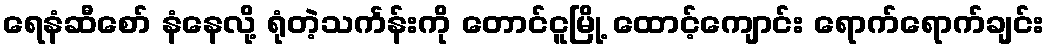
ရေနံဆီစော် နံနေလို့ ရုံတဲ့သင်္ကန်းကို တောင်ငူမြို့ ထောင့်ကျောင်း ရောက်ရောက်ချင်း